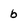
Character: b